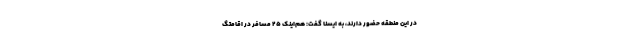
در این منطقه حضور دارند، به ایسنا گفت: هم‌اینک ۲۵ مسافر در اقامتگ